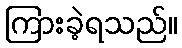
ကြားခဲ့ရသည်။